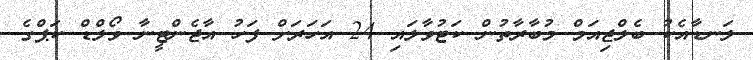
ލަނޑާއެކު ބެލްޖިއަމް މުބާރާތުން ކަޓުވާލައި 24 އަހަރަށް ފަހު އާޖެންޓީނާ ވޯލްޑް ކަޕްގެ